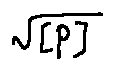
\sqrt { [ P ] }